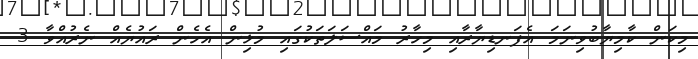
މިކަން ކާމިޔާބުވިނަމަ އެފަނޑިޔާރާއި މިހާރު މައްސަލަތަކުގައި މުޅިން އެހެން ރައުޔެއް ނެރުއްވާ 3